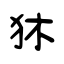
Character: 狇